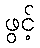
ဖွင့်